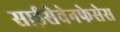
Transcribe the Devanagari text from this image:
साईसेवेनफेसेस